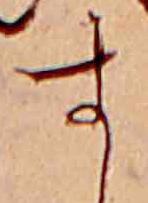
す